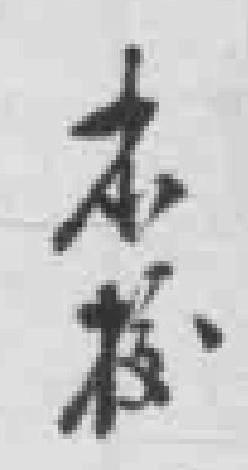
本校